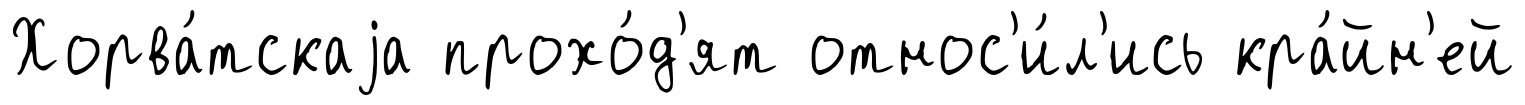
Хорва́тскаjа прохо́д'ят относ'и́л'ись кра́йн'ей